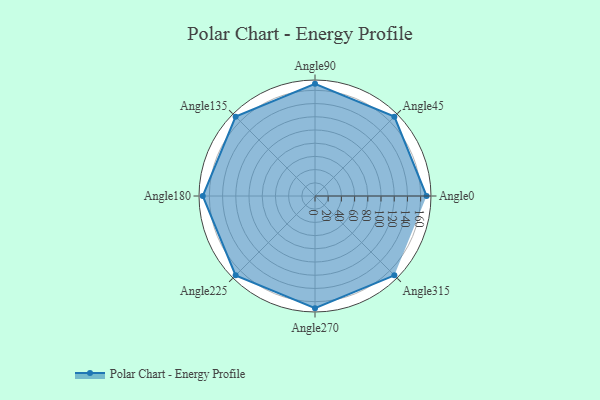
{"axis": {"x": "Angle", "y": "Radius"}, "legend": [""], "data": [{"x": "Angle0", "y": 169.0, "type": ""}, {"x": "Angle45", "y": 170, "type": ""}, {"x": "Angle90", "y": 170, "type": ""}, {"x": "Angle135", "y": 170, "type": ""}, {"x": "Angle180", "y": 170, "type": ""}, {"x": "Angle225", "y": 170, "type": ""}, {"x": "Angle270", "y": 170, "type": ""}, {"x": "Angle315", "y": 170, "type": ""}]}